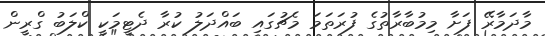
މާދަމާރޭ ފަށާ މިމުބާރާތުގެ ފުރަތަމަ މެޗުގައި ބައްދަލު ކުރާ ދެޓީމަކީ ކްލަބު ގްރީން